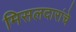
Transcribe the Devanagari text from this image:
मिसलदारांचे